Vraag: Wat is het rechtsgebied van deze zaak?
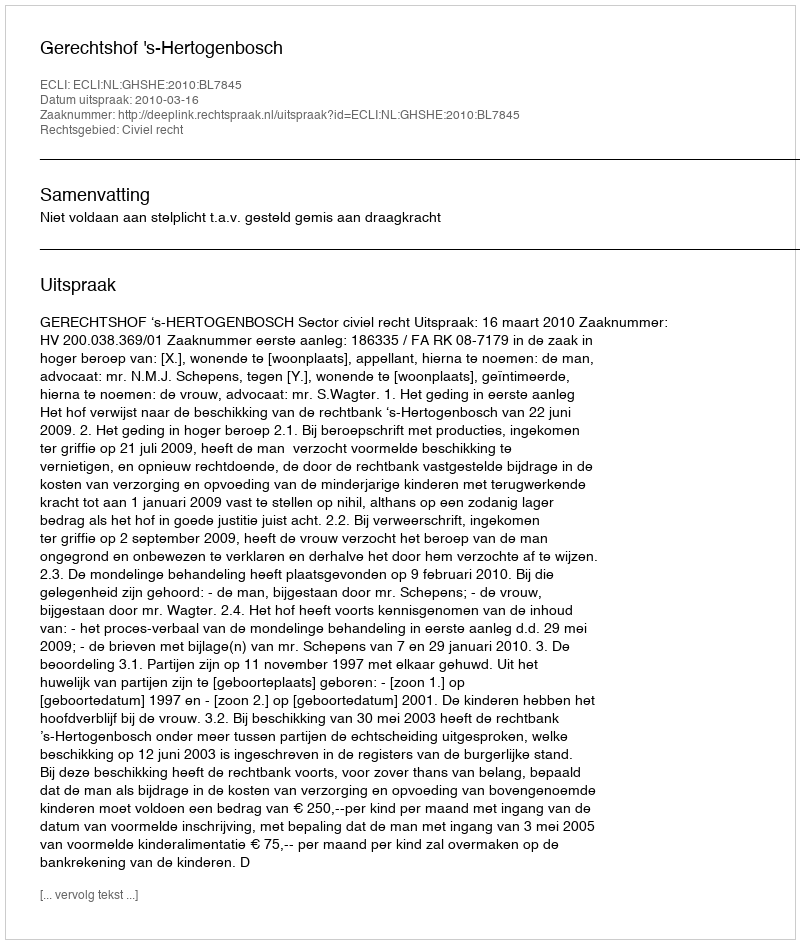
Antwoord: Civiel recht